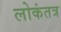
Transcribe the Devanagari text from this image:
लोकंतत्र